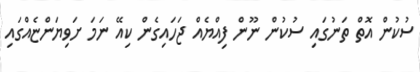
ސުކުން އޮތް ތަނުގައި ސުކުން ނޫން ފިއްޔެއް ޖަހައިގެން ކިއޭ ނަމަ ށަވިޔަންޏެއްގައި